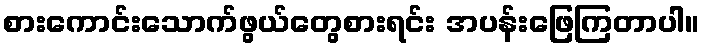
စားကောင်းသောက်ဖွယ်တွေစားရင်း အပန်းဖြေကြတာပါ။